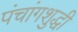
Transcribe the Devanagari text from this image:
पंचांगशुद्धी